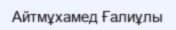
Айтмұхамед Ғалиұлы